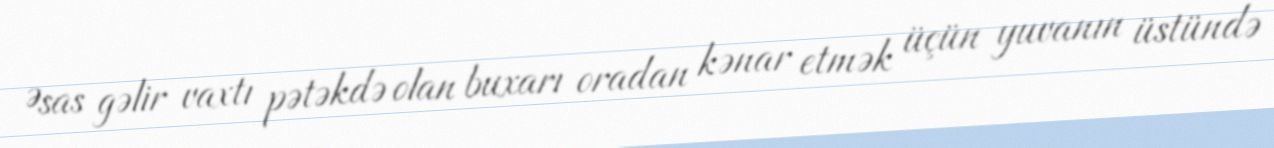
Əsas gəlir vaxtı pətəkdə olan buxarı oradan kənar etmək üçün yuvanın üstündə